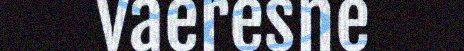
vaeresne